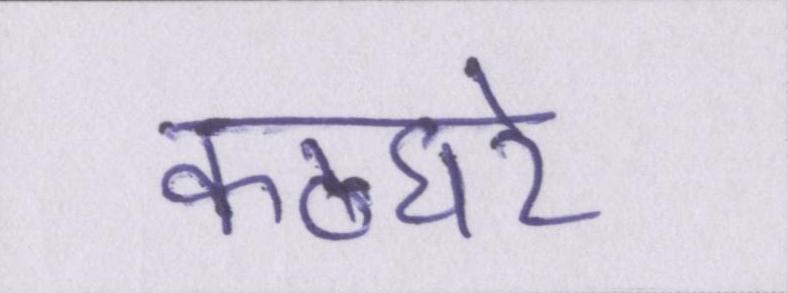
कठघरे